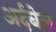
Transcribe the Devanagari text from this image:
अर्दबेल